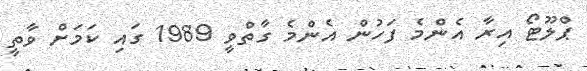
ޕްލޫޓޯ އިރާ އެންމެ ފަހުން އެންމެ ގާތްވީ 1989 ގައި ކަމަށް ވާތީ